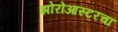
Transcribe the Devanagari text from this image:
झोरोआस्टरचा